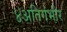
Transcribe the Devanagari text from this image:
४अतिगंभीर